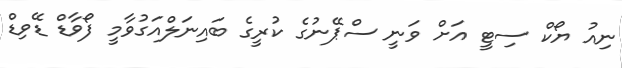
ނިއު ޔޯކް ސިޓީ އަށް ވަނީ ސްޕޭނުގެ ކުރީގެ ބައިނަލްއަގުވާމީ ފޯވާޑް ޑޭވިޑް